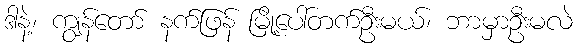
ဒါနဲ့၊ ကျွန်တော် နက်ဖြန် မြို့ပေါ်တက်ဦးမယ်၊ ဘာမှာဦးမလဲ